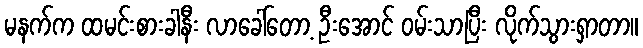
မနက်က ထမင်းစားခါနီး လာခေါ်တော့ ဦးအောင် ဝမ်းသာပြီး လိုက်သွားရှာတာ။